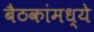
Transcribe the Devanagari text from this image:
बैठकांमध्ये